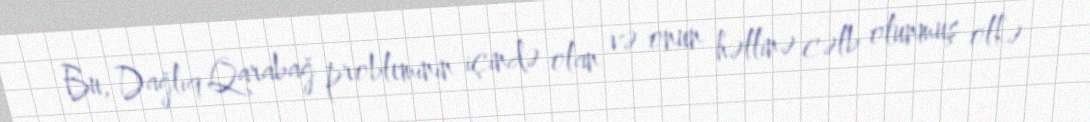
Bu, Dağlıq Qarabağ probleminin içində olan və onun həllinə cəlb olunmuş ölkə